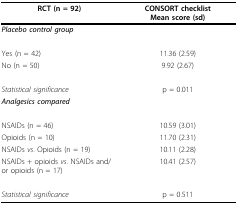
<table><thead><tr><td><b>RCT (n = 92)</b></td><td><b>CONSORT checklistMean score (sd)</b></td></tr></thead><tbody><tr><td><b><i>Placebo control group</i></b></td><td>[EMPTY_CELL]</td></tr><tr><td>Yes (n = 42)</td><td>11.36 (2.59)</td></tr><tr><td>No (n = 50)</td><td>9.92 (2.67)</td></tr><tr><td><i>Statistical significance</i></td><td>p = 0.011</td></tr><tr><td><b><i>Analgesics compared</i></b></td><td>[EMPTY_CELL]</td></tr><tr><td>NSAIDs (n = 46)</td><td>10.59 (3.01)</td></tr><tr><td>Opioids (n = 10)</td><td>11.70 (2.31)</td></tr><tr><td>NSAIDs <i>vs</i>. Opioids (n = 19)</td><td>10.11 (2.28)</td></tr><tr><td>NSAIDs + opioids <i>vs</i>. NSAIDs and/or opioids (n = 17)</td><td>10.41 (2.57)</td></tr><tr><td><i>Statistical significance</i></td><td>p = 0.511</td></tr></tbody></table>